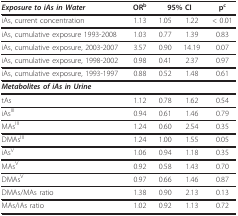
| Exposure to iAs in Water | ORb | <COLSPAN=2> 95% CI | pc |
 | --- | --- | --- | --- | --- |
 | iAs, current concentration | 1.13 | 1.05 | 1.22 | < 0.01 |
 | iAs, cumulative exposure 1993-2008 | 1.03 | 0.77 | 1.39 | 0.83 |
 | iAs, cumulative exposure, 2003-2007 | 3.57 | 0.90 | 14.19 | 0.07 |
 | iAs, cumulative exposure, 1998-2002 | 0.98 | 0.41 | 2.37 | 0.97 |
 | iAs, cumulative exposure, 1993-1997 | 0.88 | 0.52 | 1.48 | 0.61 |
 | Metabolites of iAs in Urine |  |  |  |  |
 | tAs | 1.12 | 0.78 | 1.62 | 0.54 |
 | iAsIII | 0.94 | 0.61 | 1.46 | 0.79 |
 | MAsIII | 1.24 | 0.60 | 2.54 | 0.35 |
 | DMAsIII | 1.24 | 1.00 | 1.55 | 0.05 |
 | iAsV | 1.06 | 0.94 | 1.18 | 0.35 |
 | MAsV | 0.92 | 0.58 | 1.43 | 0.70 |
 | DMAsV | 0.97 | 0.66 | 1.46 | 0.87 |
 | DMAs/MAs ratio | 1.38 | 0.90 | 2.13 | 0.13 |
 | MAs/iAs ratio | 1.02 | 0.92 | 1.13 | 0.72 |